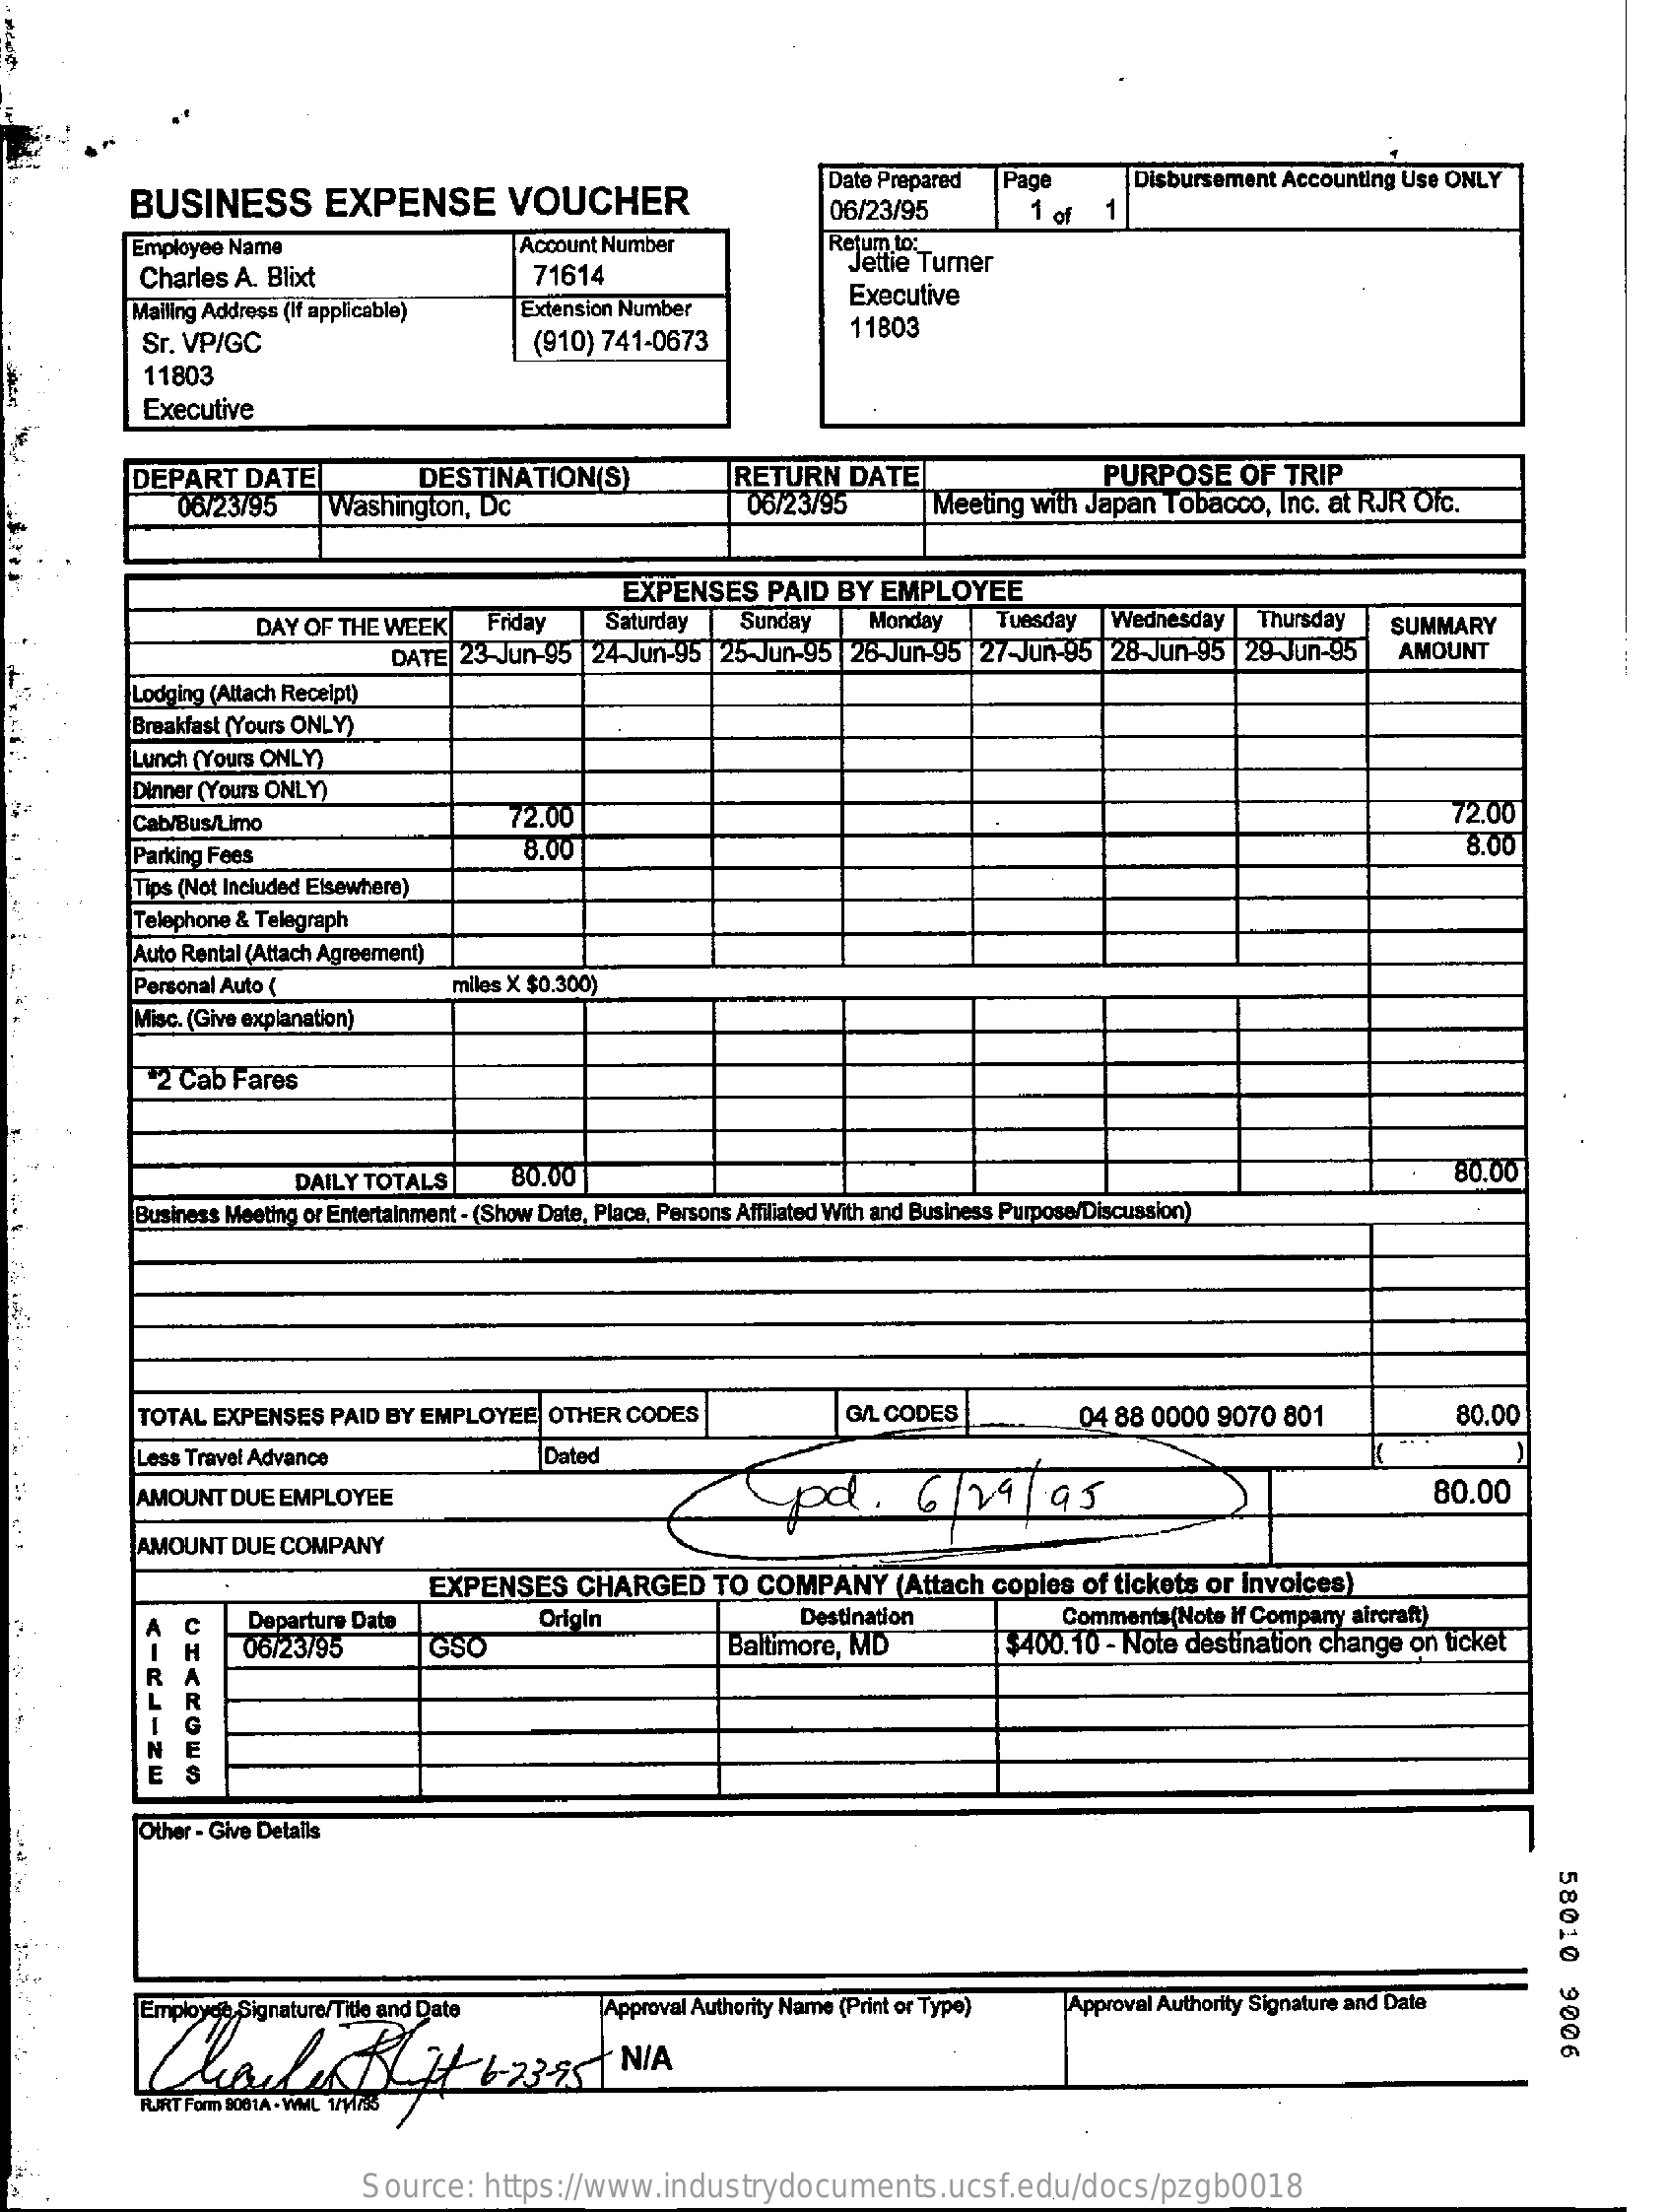
BUSINESS    EXPENSE    VOUCHER
     Date Prepared Pace   Disbursement Accounting Use ONLY
     06/23/95    1 of 1
     Employee Name    Account Number    Return to:
     Charles A. Blixt    71614    Jettie Turner
     Mailing Address (If applicable) Extension Number  Executive
     Sr. VP/GC    (910) 741-0673    11803
     11803
     Executive
     DEPART DATE    DESTINATION(S)    RETURN  DATE    PURPOSE  OF  TRIP
     06/23795  Washington, Dc    06/23/95    Meeting with Japan Tobacco, Inc. at RJR Ofc.
     EXPENSES  PAID BY EMPLOYEE
     DAY OF THE WEEK Friday   Saturday Sunday   Monday   Tuesday Wednesday  Thursday SUMMARY
     DATE| 23 Jun-95| 24-Jun-95 | 25-Jun-95 26-Jun-95 27-Jun-95 28-Jun-95 29-Jun-95 AMOUNT
     Lodging (Attach Receipt)
     Breakfast (Yours ONLY)
     Lunch (Yours ONLY)
     Dinner (Yours ONLY)
     Cab/Bus/Limo    72.00    72.00
     Parking Fees    8.00    8.00
     Tips (Not Included Elsewhere)
     Telephone & Telegraph
     Auto Rental (Attach Agreement)
     Personal Auto (    milos X $0.300)
     Misc. (Give explanation)
     72 Cab Fares
     DAILY TOTALS   80.00    80.00
     Business Meeting or Entertainment - (Show Date, Place, Persons Affiliated With and Business Purpose/Discussion)
     TOTAL EXPENSES PAID BY EMPLOYEE OTHER CODES    G/L CODES    04 88 0000 9070 801    80.00
     Less Travel Advance    Dated
     AMOUNT DUE EMPLOYEE    pd   .  6  /19  / 95    80.00
     AMOUNT DUE COMPANY
     EXPENSES  CHARGED  TO COMPANY   (Attach copies of tickets or Invoices)
     Departure Date    Origin    Destination
     Baltimore, MD
     Comments(Note If Company aircraft)
     <-
     ₡
     J
     -
     ZW
     H   06/23/95    GSO    $400. 10 - Note destination change on ticket
     Other - Give Detalls
     58010
     9006 Employee, Signature/Title and Date Approval Authority Name (Print or Type) Approval Authority Signature and Date
     RJRT Form 808 1A - WMIL 1
     Source:  https://www.industrydocuments.ucsf.edu/docs/pzgb0018